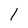
Character: l